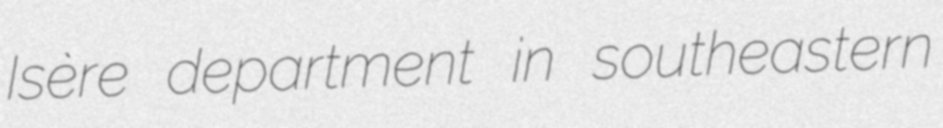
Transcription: Isère department in southeastern